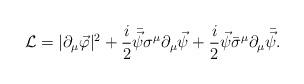
LaTeX: \begin{align*}{\cal L}=|\partial_{\mu}\vec{\varphi}|^2 +\frac{i}{2} \bar{\vec{\psi}} \sigma^{\mu}\partial_{\mu} \vec{\psi} +\frac{i}{2} \vec{\psi} \bar{\sigma}^{\mu}\partial_{\mu} \bar{\vec{\psi}}.\end{align*}